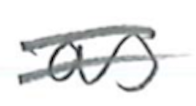
Text: as
Cross-out: double-line
Writing tool: pencil